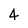
Character: 4